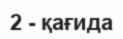
2 - қағида